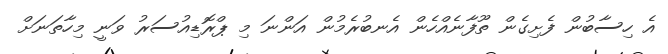
އެ ހިސާބުން ފެށިގެން ތޫފާނެއްހެން އެނބުރެމުން އަންނަ މި ޕްރޮޑިއުސަރު ވަނީ މިހާތަނަށް